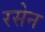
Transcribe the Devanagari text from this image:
रसेन